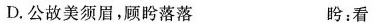
D.公故美须眉，顾盼落落 跨：看